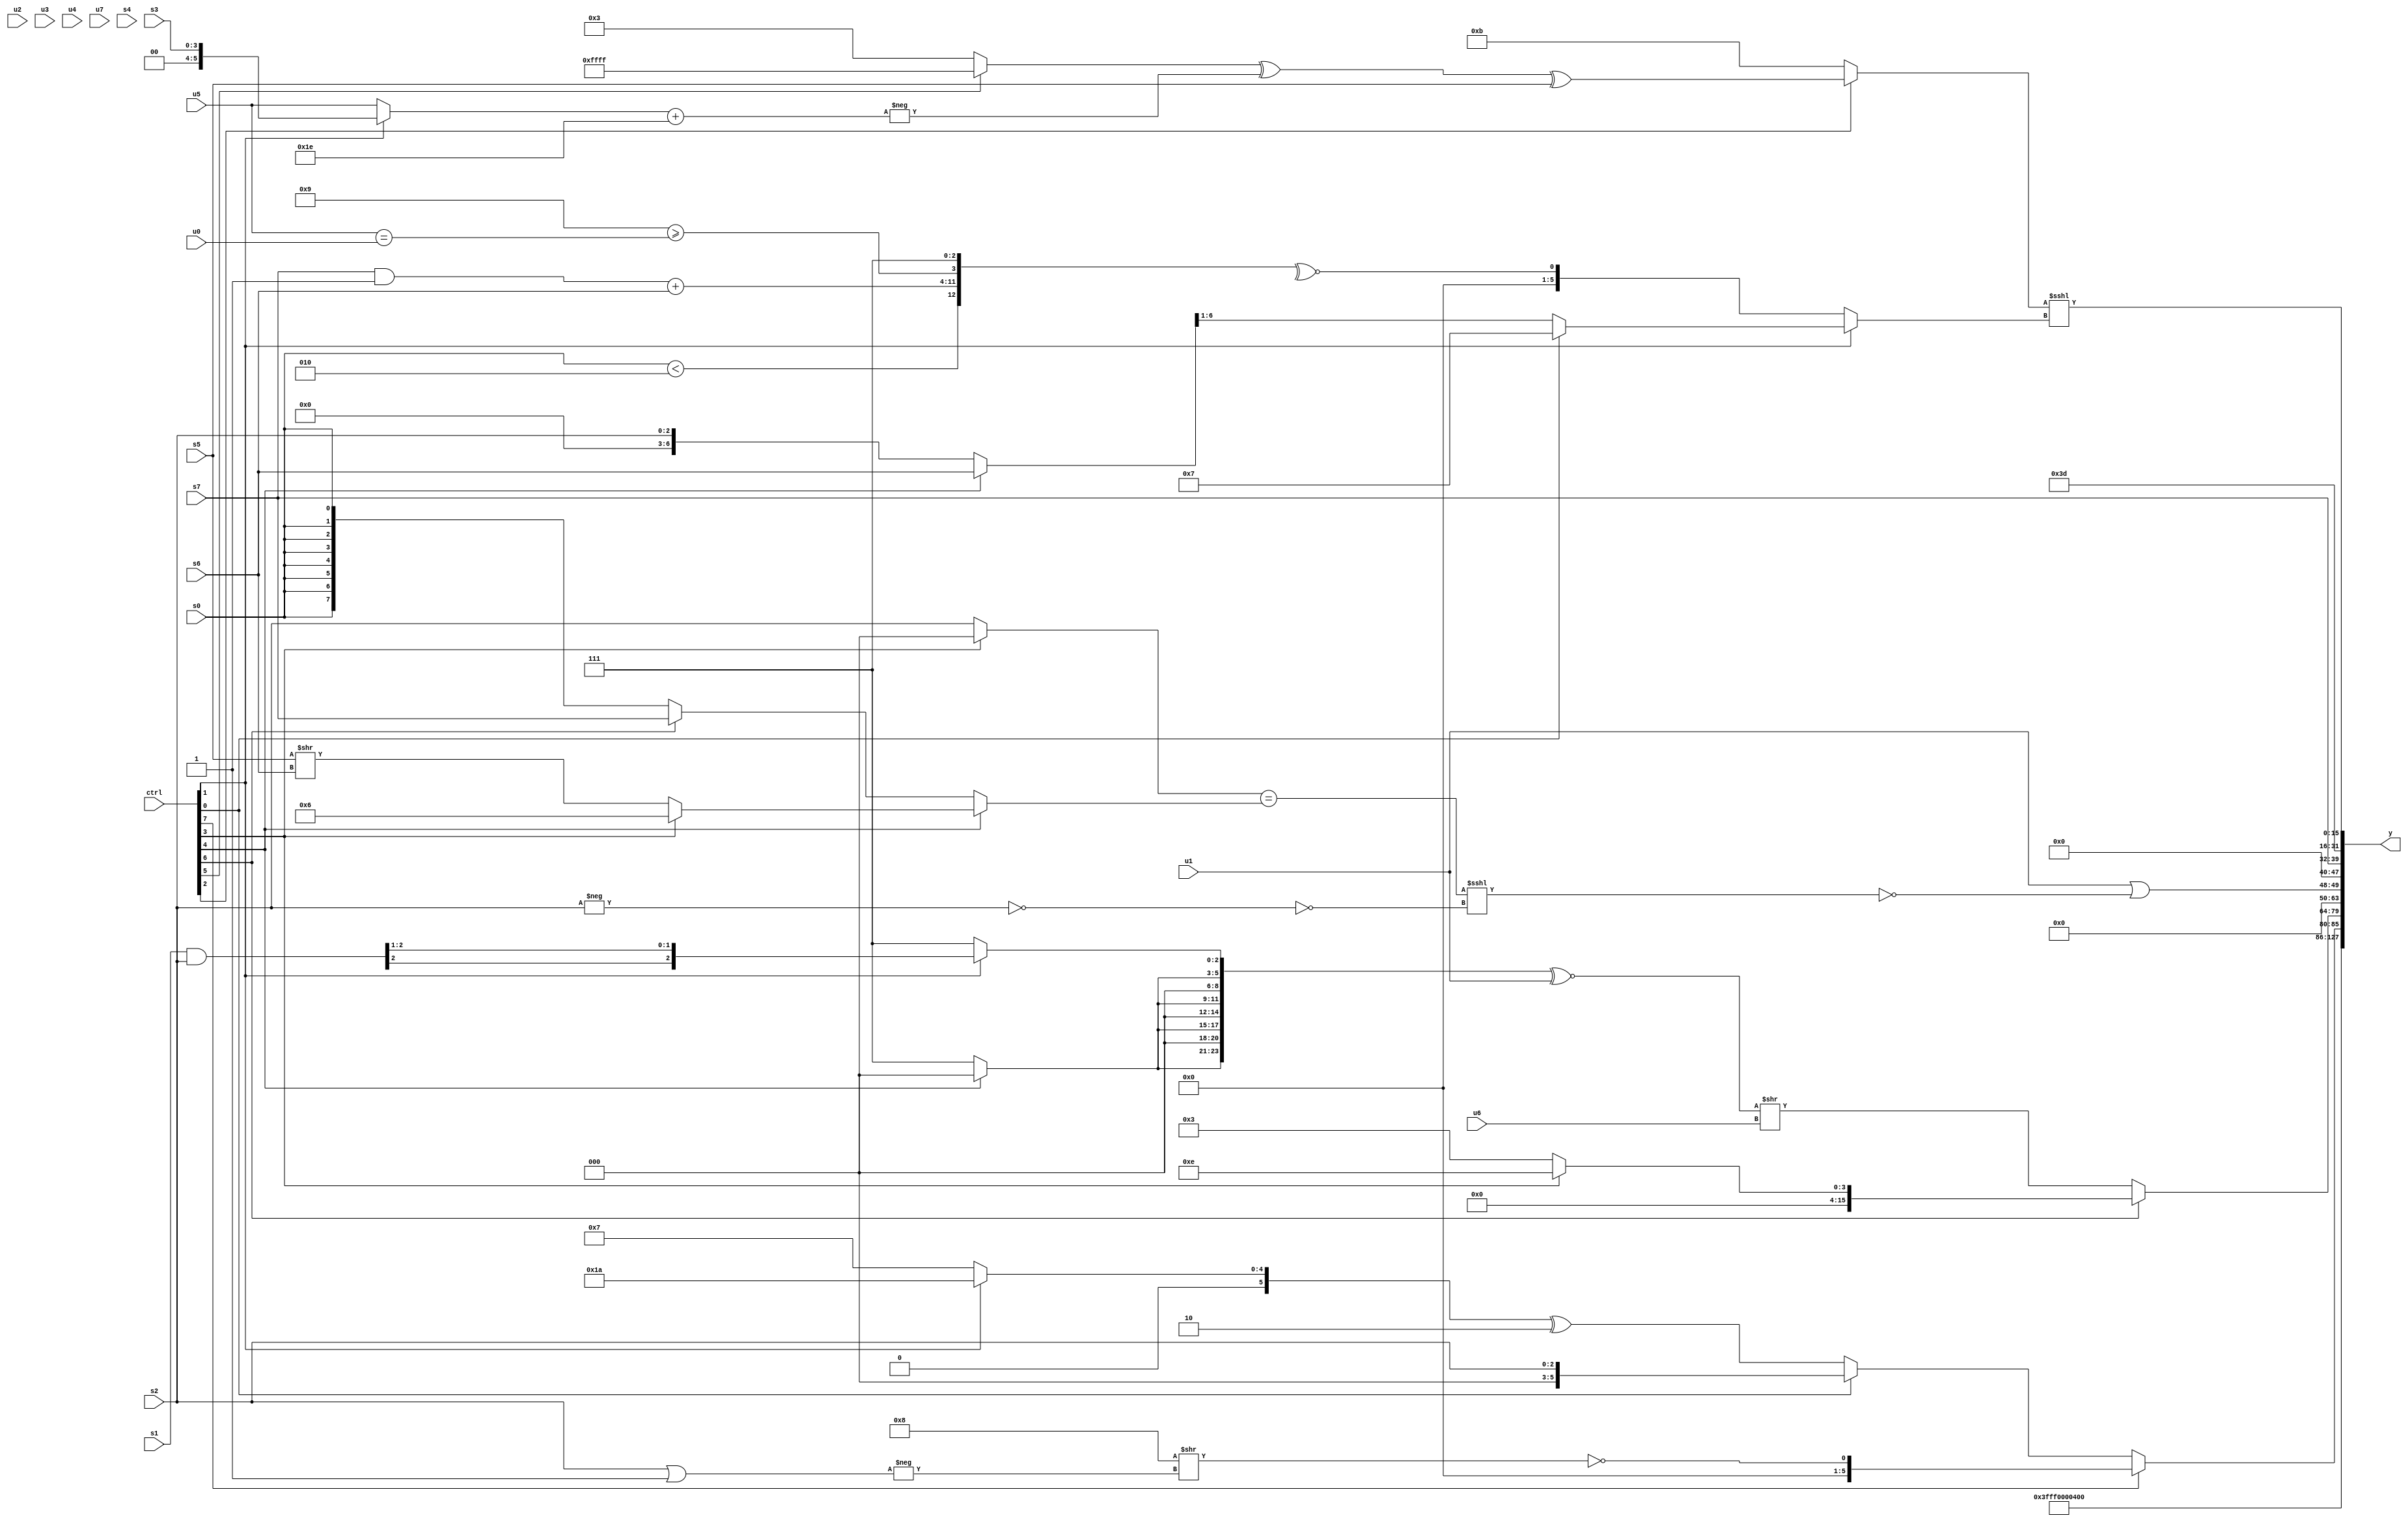
module wideexpr_00085(ctrl, u0, u1, u2, u3, u4, u5, u6, u7, s0, s1, s2, s3, s4, s5, s6, s7, y);
  input [7:0] ctrl;
  input [0:0] u0;
  input [1:0] u1;
  input [2:0] u2;
  input [3:0] u3;
  input [4:0] u4;
  input [5:0] u5;
  input [6:0] u6;
  input [7:0] u7;
  input signed [0:0] s0;
  input signed [1:0] s1;
  input signed [2:0] s2;
  input signed [3:0] s3;
  input signed [4:0] s4;
  input signed [5:0] s5;
  input signed [6:0] s6;
  input signed [7:0] s7;
  output [127:0] y;
  wire [15:0] y0;
  wire [15:0] y1;
  wire [15:0] y2;
  wire [15:0] y3;
  wire [15:0] y4;
  wire [15:0] y5;
  wire [15:0] y6;
  wire [15:0] y7;
  assign y = {y0,y1,y2,y3,y4,y5,y6,y7};
  assign y0 = 3'sb100;
  assign y1 = ~&($signed((4'sb0111)^~(1'sb0)));
  assign y2 = $unsigned((ctrl[7]?{(-(+((2'sb10)<<<(6'sb011101))))==((5'sb01000)>>(-((s2)|(1'b1))))}:{(ctrl[0]?{1{s2}}:{1{((ctrl[1]?6'sb011010:6'sb000111))^($signed(6'sb111110))}})}));
  assign y3 = (ctrl[6]?(ctrl[3]?$signed(4'sb1110):(ctrl[3]?(ctrl[6]?(+($unsigned({1'sb1,2'b01,u0,s0})))<<<(($unsigned((s7)-(2'b11)))==(($unsigned(1'sb0))+((s1)>>(6'b110000)))):$signed(~|((s6)!=($signed(6'sb100010))))):2'sb11)):($signed(({{4{(ctrl[4]?6'sb000000:$signed(4'sb0111))}},(ctrl[1]?((s1)&(s2))>>>(2'sb01):3'sb111)})^~({$signed(u1)})))>>(u6));
  assign y4 = (u1)|(~&(((+($signed((ctrl[3]?1'b0:s2))))==((ctrl[4]?(ctrl[3]?-(4'sb1010):(s5)>>(s6)):$signed((ctrl[6]?s7:s0)))))<<<(((-(s2))==((3'sb000)&(1'sb0)))^(|($unsigned($signed(2'sb01)))))));
  assign y5 = {s7};
  assign y6 = 6'b111101;
  assign y7 = (((ctrl[2]?(((ctrl[5]?-((ctrl[7]?4'sb0001:2'b01)):$signed(4'sb0011)))^(-(((ctrl[1]?s3:u5))+($unsigned(6'sb011110)))))^(+(s5)):$signed(4'sb1011)))<<<(+((ctrl[1]?(ctrl[0]?3'b111:((ctrl[4]?s6:{s2}))>>>(5'b00001)):~^({$unsigned((s0)<(6'sb000010)),((s7)&(1'sb1))+(s6),(-(4'sb0111))>=((u5)==(u0)),3'sb111})))))<<<(2'sb00);
endmodule